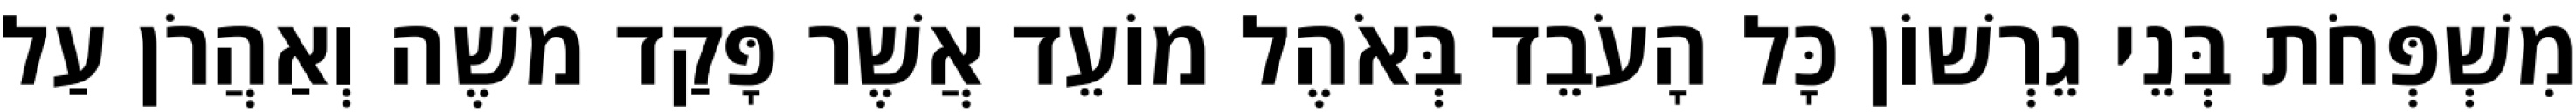
מִשְׁפְּחֹת בְּנֵי גֵרְשׁוֹן כָּל הָעֹבֵד בְּאֹהֶל מוֹעֵד אֲשֶׁר פָּקַד משֶׁה וְאַהֲרֹן עַל